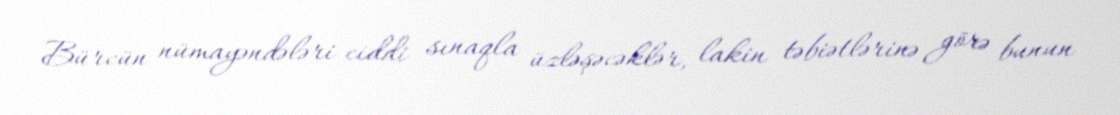
Bürcün nümayəndələri ciddi sınaqla üzləşəcəklər, lakin təbiətlərinə görə bunun